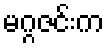
မဂ္ဂဇင်းက